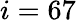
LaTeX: i=67